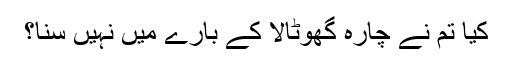
کیا تم نے چارہ گھوٹالا کے بارے میں نہیں سنا؟